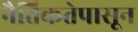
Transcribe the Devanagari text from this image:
नैतिकतेपासून